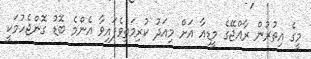
މީގެ އިތުރުން ރާއްޖޭގެ މީޑިއާ އަށް މިއަދު ކުރިމަތިވެފައިވާ އެންމެ ބޮޑު ގޮންޖެހުމަކީ